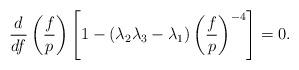
LaTeX: \begin{align*}\frac{d}{df}\left( \frac{f}{p}\right) \left[ 1-\left( \lambda _{2}\lambda_{3}-\lambda _{1}\right) \left( \frac{f}{p}\right) ^{-4}\right] =0. \end{align*}